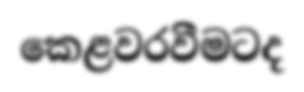
කෙළවරවීමටද